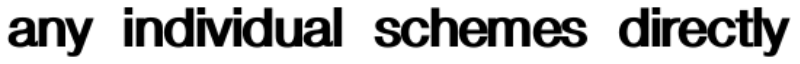
any individual schemes directly